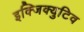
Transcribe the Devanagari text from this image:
इक्जिक्युटिव